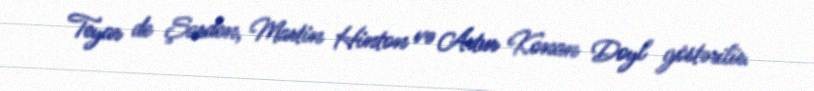
Teyar de Şarden, Martin Hinton və Artur Konan Doyl göstərilir.